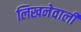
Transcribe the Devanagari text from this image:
लिखनेवाली